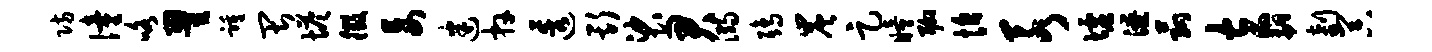
防僮咯翟踵畏塔徵妄迷卉透斯裟君溺鸱炭足瞳聊恰若墟潦菰玄翩剞器